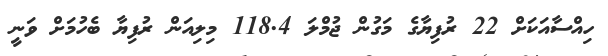
ހިއްސާއަކަށް 22 ރުފިޔާގެ މަގުން ޖުމްލަ 118.4 މިލިއަން ރުފިޔާ ބެހުމަށް ވަނީ